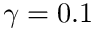
\gamma = 0 . 1